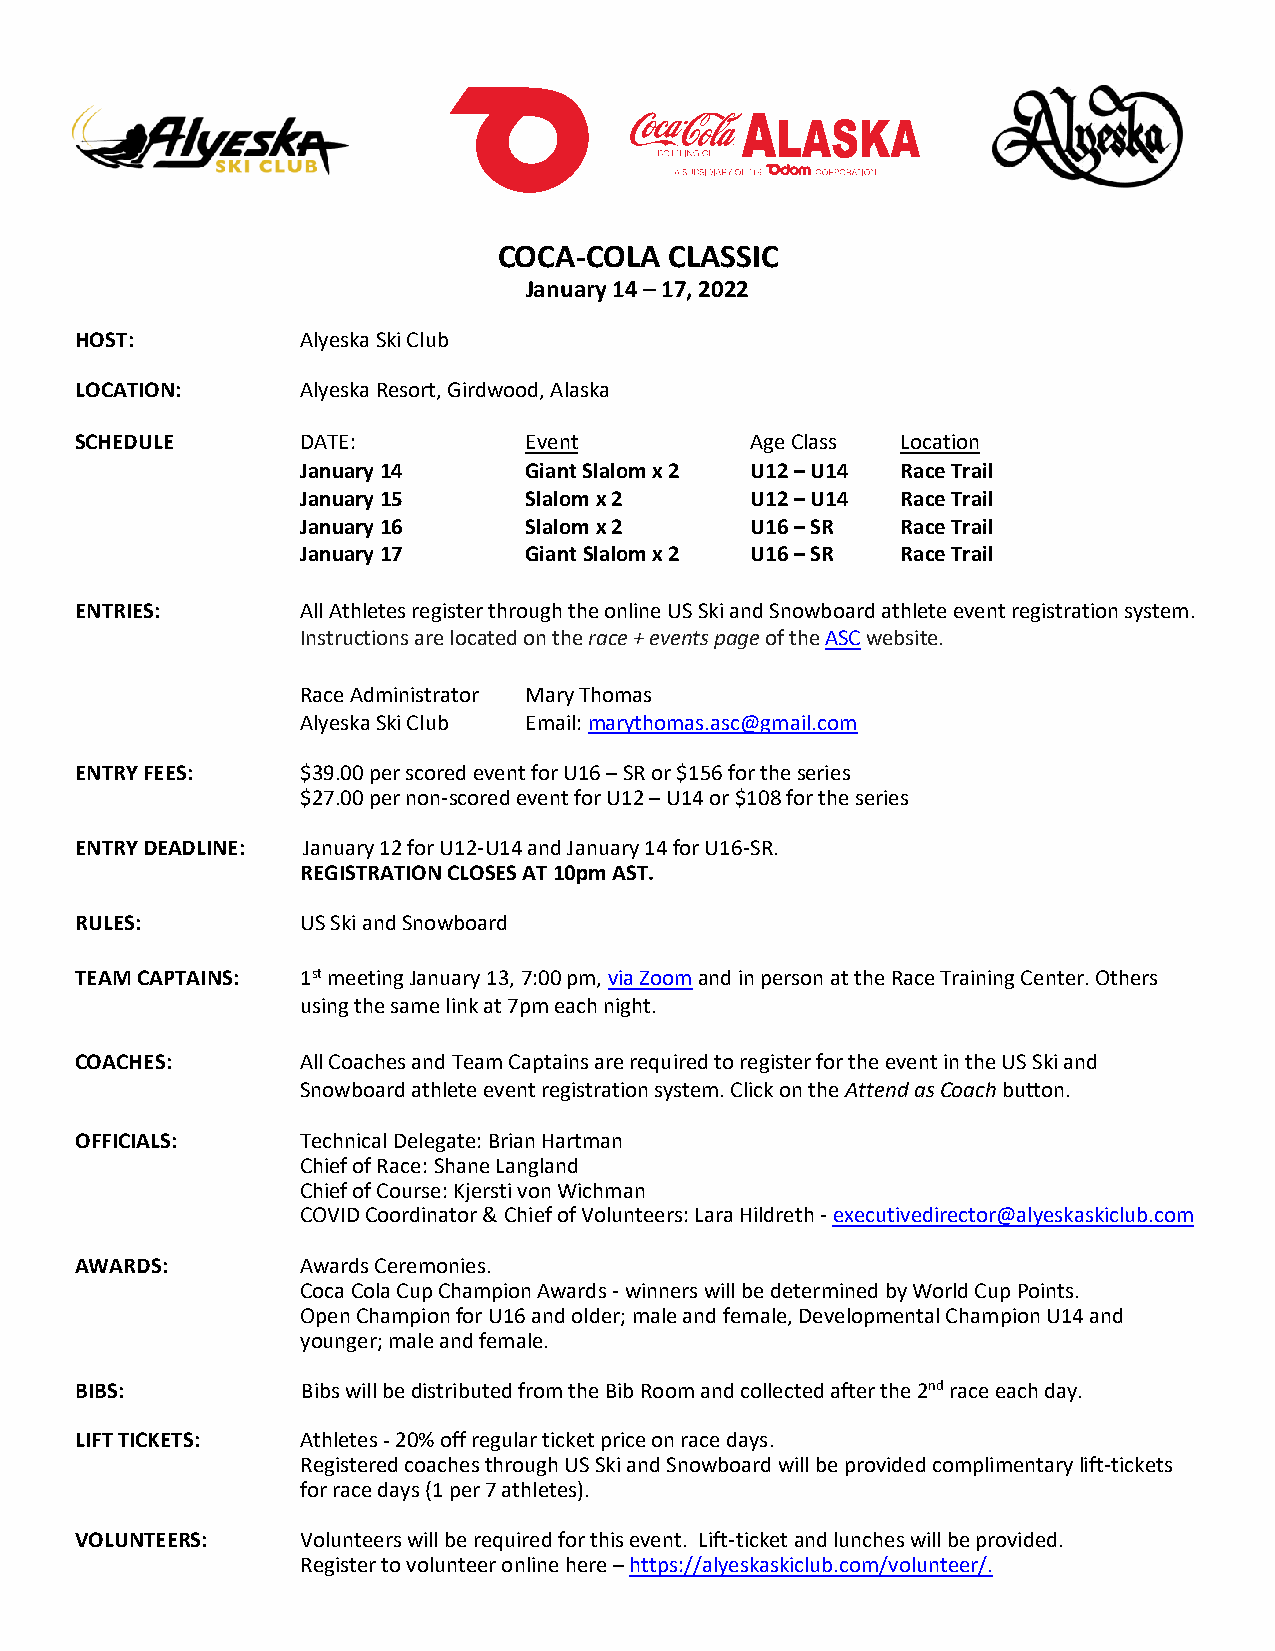
COCA-COLA  CLASSIC
 January 14 – 17, 2022
 HOST:          Alyeska Ski Club
 LOCATION:      Alyeska Resort, Girdwood, Alaska
 SCHEDULE       DATE:          Event          Age Class Location
 January 14     Giant Slalom x 2 U12 – U14 Race Trail
 January 15     Slalom x 2     U12 – U14 Race Trail
 January 16     Slalom x 2     U16 – SR  Race Trail
 January 17     Giant Slalom x 2 U16 – SR Race Trail
 ENTRIES:       All Athletes register through the online US Ski and Snowboard athlete event registration system.
 Instructions are located on the race + events page of the ASC website.
 Race Administrator Mary Thomas
 Alyeska Ski Club Email: marythomas.asc@gmail.com
 ENTRY FEES:    $39.00 per scored event for U16 – SR or $156 for the series
 $27.00 per non-scored event for U12 – U14 or $108 for the series
 ENTRY DEADLINE: January 12 for U12-U14 and January 14 for U16-SR.
 REGISTRATION CLOSES AT 10pm AST.
 RULES:         US Ski and Snowboard
 TEAM CAPTAINS: 1st meeting January 13, 7:00 pm, via Zoom and in person at the Race Training Center. Others
 using the same link at 7pm each night.
 COACHES:       All Coaches and Team Captains are required to register for the event in the US Ski and
 Snowboard athlete event registration system. Click on the Attend as Coach button.
 OFFICIALS:     Technical Delegate: Brian Hartman
 Chief of Race: Shane Langland
 Chief of Course: Kjersti von Wichman
 COVID Coordinator & Chief of Volunteers: Lara Hildreth - executivedirector@alyeskaskiclub.com
 AWARDS:        Awards Ceremonies.
 Coca Cola Cup Champion Awards - winners will be determined by World Cup Points.
 Open Champion for U16 and older; male and female, Developmental Champion U14 and
 younger; male and female.
 BIBS:          Bibs will be distributed from the Bib Room and collected after the 2nd race each day.
 LIFT TICKETS:  Athletes - 20% off regular ticket price on race days.
 Registered coaches through US Ski and Snowboard will be provided complimentary lift-tickets
 for race days (1 per 7 athletes).
 VOLUNTEERS:    Volunteers will be required for this event. Lift-ticket and lunches will be provided.
 Register to volunteer online here – https://alyeskaskiclub.com/volunteer/.